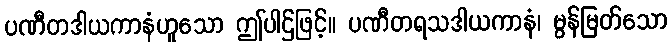
ပဏီတဒါယကာနံဟူသော ဤပါဌ်ဖြင့်။ ပဏီတရသဒါယကာနံ၊ မွန်မြတ်သော